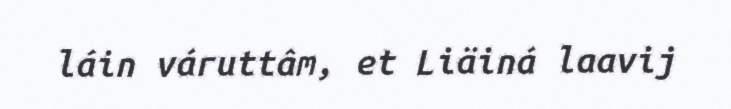
láin váruttâm, et Liäiná laavij